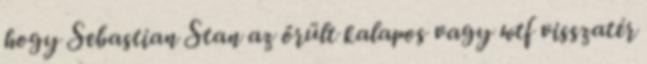
hogy Sebastian Stan az őrült kalapos vagy wtf visszatér